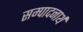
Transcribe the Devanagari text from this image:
सम्पादनार्थ